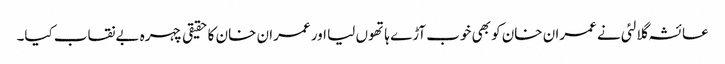
عائشہ گلالئی نے عمران خان کو بھی خوب آڑے ہاتھوں لیا اور عمران خان کا حقیقی چہرہ بےنقاب کیا۔